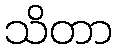
သိတာ